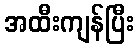
အထီးကျန်ပြီး